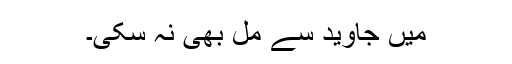
میں جاوید سے مل بھی نہ سکی۔